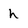
Character: h